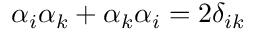
\alpha _ { i } \alpha _ { k } + \alpha _ { k } \alpha _ { i } = 2 \delta _ { i k }